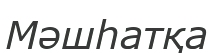
Мәшһатқа